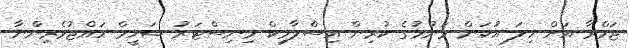
ޖަމްރާ އަށް ހިލަ އުކަން ވަނުމުގެ ކުރިން އިސްލާމިކް މިނިސްޓަރު ޝަހީމް ހައްޖުވެރިންނާ